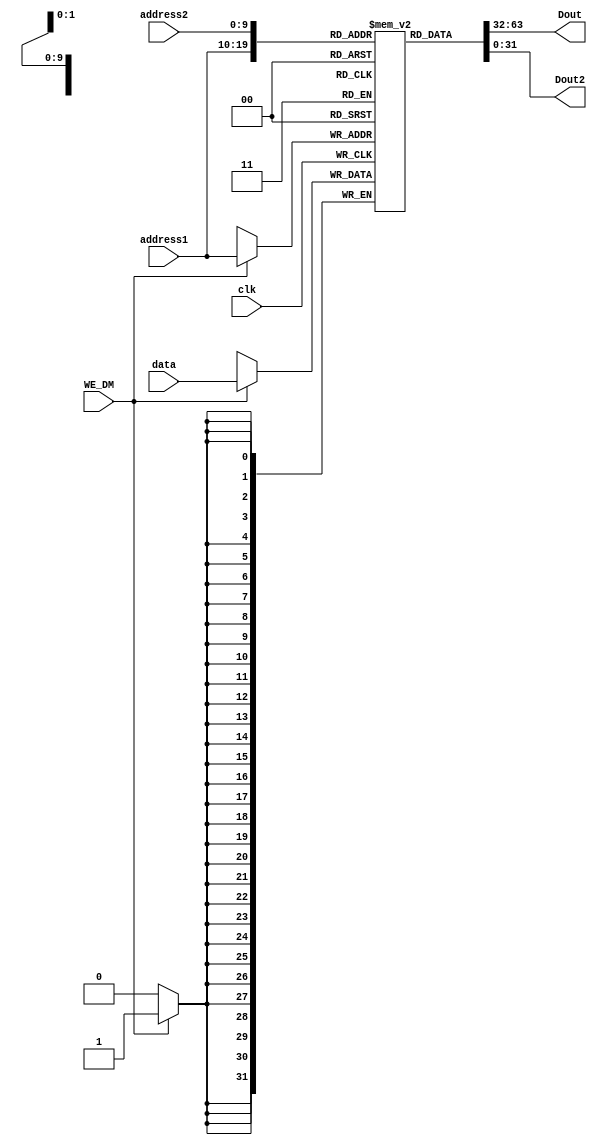
`timescale 1ns / 1ps
//////////////////////////////////////////////////////////////////////////////////
// Company: 
// Engineer: 
// 
// Design Name: 
// Module Name: wyz
// Project Name: 
// Target Devices: 
// Tool Versions: 
// Description: 
// 
// Dependencies: 
// 
// Revision:
// Revision 0.01 - File Created
// Additional Comments:
// 
//////////////////////////////////////////////////////////////////////////////////


module mem(clk, WE_DM, address1, address2, data, Dout, Dout2);
input clk,WE_DM;
input [9:0]address1,address2;
input [31:0]data;
output [31:0]Dout;
output [31:0]Dout2;

reg [31:0]memory[1023:0];

always @(negedge clk)
begin
    if(WE_DM == 1)
        memory[address1] <= data;
end

assign Dout = memory[address1];
assign Dout2 = memory[address2];

endmodule